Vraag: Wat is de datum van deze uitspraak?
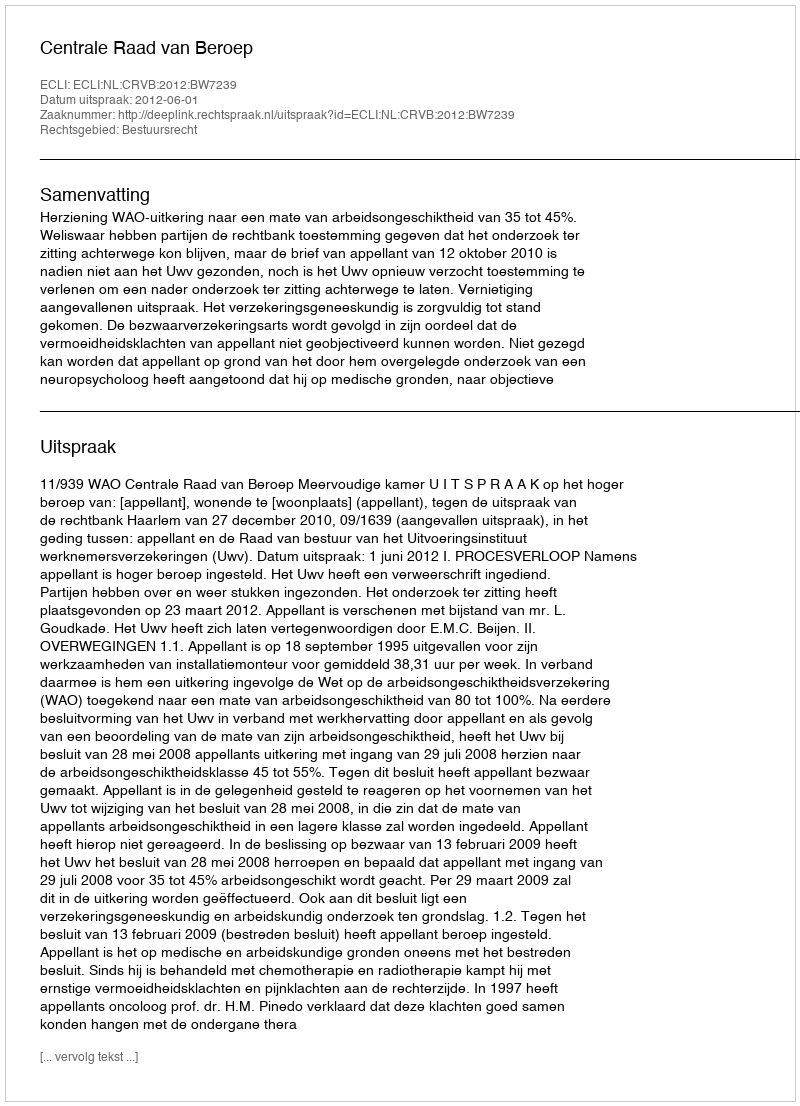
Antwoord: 2012-06-01